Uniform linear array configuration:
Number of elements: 24
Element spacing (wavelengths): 0.5
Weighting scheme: hamming
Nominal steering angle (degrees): -30
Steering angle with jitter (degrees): -30.938
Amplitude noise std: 0.05
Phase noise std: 0.05

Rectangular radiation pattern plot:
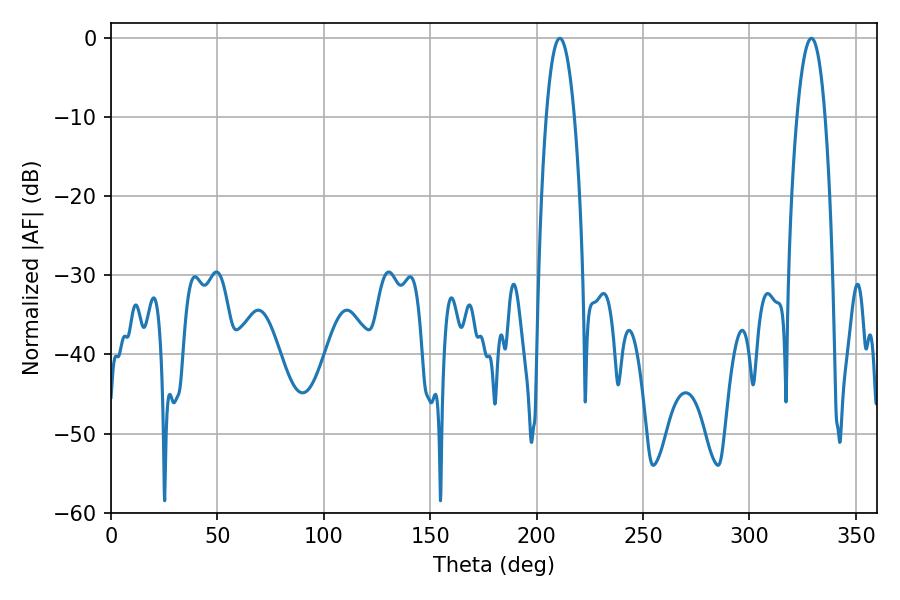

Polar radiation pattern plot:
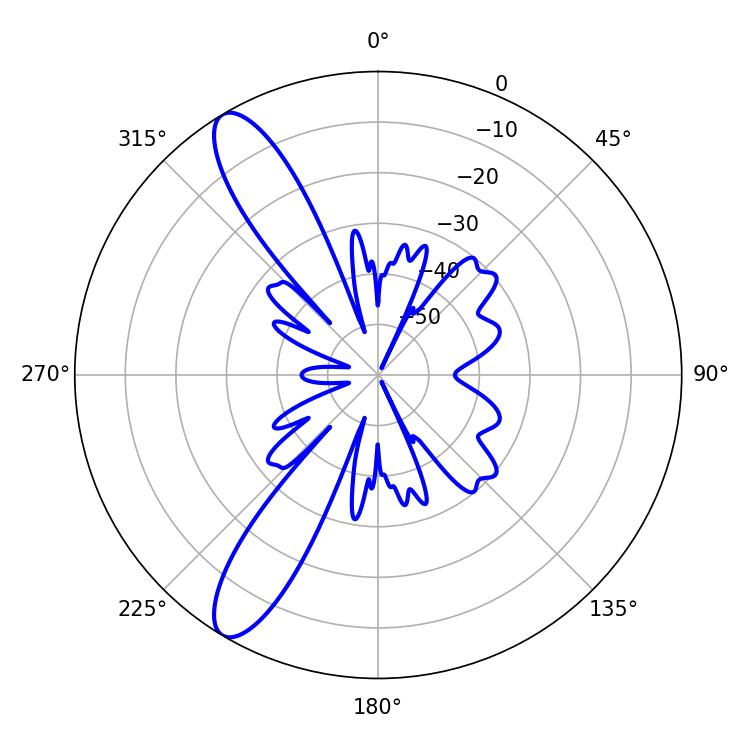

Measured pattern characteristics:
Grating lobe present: FALSE
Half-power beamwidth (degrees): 7.2
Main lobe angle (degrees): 329.04